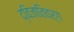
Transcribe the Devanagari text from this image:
द्विजातिवर्ग